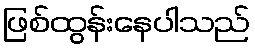
ဖြစ်ထွန်းနေပါသည်